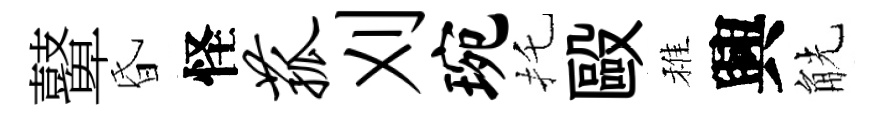
鼙昏怪菰刈琬托毆稚興觥